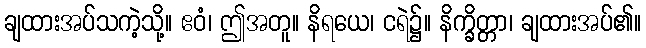
ချထားအပ်သကဲ့သို့။ ဧဝံ၊ ဤအတူ။ နိရယေ၊ ငရဲ၌။ နိက္ခိတ္တာ၊ ချထားအပ်၏။